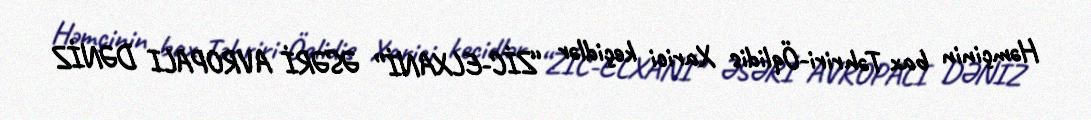
Həmçinin bax Təhriri-Öqlidis Xarici keçidlər “ZİC-ELXANİ” ƏSƏRİ AVROPALI DƏNİZ